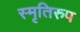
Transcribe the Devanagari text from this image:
स्मृतिरुप